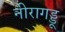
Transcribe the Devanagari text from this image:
नीरागड्डू